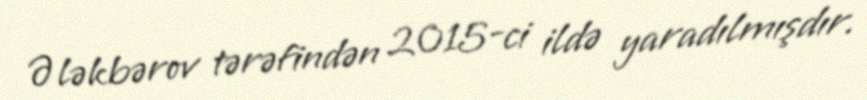
Ələkbərov tərəfindən 2015-ci ildə yaradılmışdır.